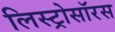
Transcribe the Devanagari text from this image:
लिस्ट्रोसॉरस